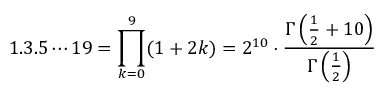
1 . 3 . 5 \cdots 1 9 = \prod _ { k = 0 } ^ { 9 } ( 1 + 2 k ) = 2 ^ { 1 0 } \cdot { \frac { \Gamma \left( { \frac { 1 } { 2 } } + 1 0 \right) } { \Gamma \left( { \frac { 1 } { 2 } } \right) } }